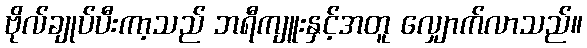
ဗိုလ်ချုပ်ပီးကာ့သည် ဘရီကျူးနှင့်အတူ လျှောက်လာသည်။